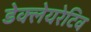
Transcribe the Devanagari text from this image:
डेक्लेयरेटिव